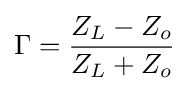
\Gamma ={Z_{L}-Z_{o} \over Z_{L}+Z_{o}}